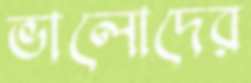
ভালোদের